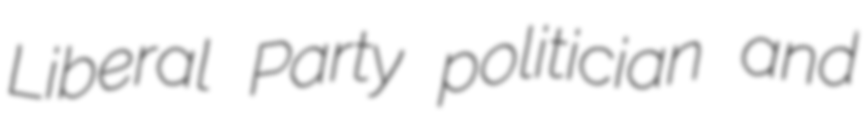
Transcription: Liberal Party politician and